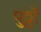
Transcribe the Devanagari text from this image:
पुठ्ठों